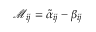
\mathcal { M } _ { i j } = \tilde { \alpha } _ { i j } - \beta _ { i j }